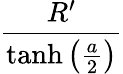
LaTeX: {\frac{R^{\prime}}{\operatorname{tanh}\left(\frac{a}{2}\right)}}